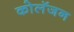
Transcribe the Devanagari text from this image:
कोलॅजन